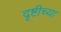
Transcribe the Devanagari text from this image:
दृष्टीच्या